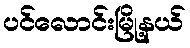
ပင်လောင်းမြို့နယ်